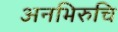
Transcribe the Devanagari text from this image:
अनभिरुचि